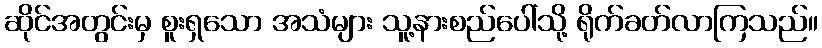
ဆိုင်အတွင်းမှ စူးရှသော အသံများ သူ့နားစည်ပေါ်သို့ ရိုက်ခတ်လာကြသည်။